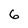
Character: 6